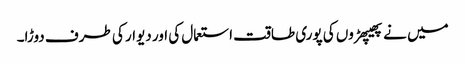
میں نے پھیپھڑوں کی پوری طاقت استعمال کی اور دیوار کی طرف دوڑا۔